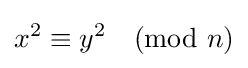
x^{2}\equiv y^{2}{\pmod {n}}